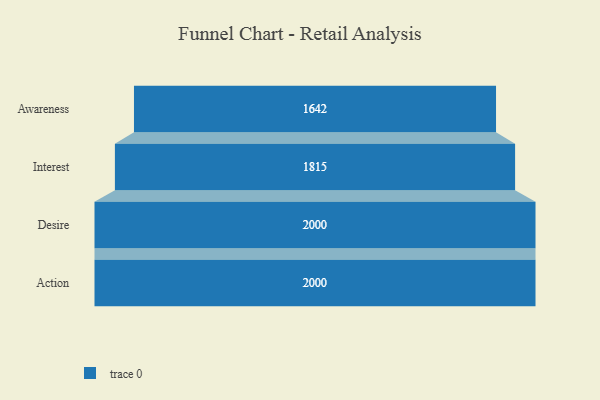
{"axis": {"x": "Stage", "y": "Value"}, "legend": [""], "data": [{"x": "Awareness", "y": 1642.0, "type": ""}, {"x": "Interest", "y": 1815.0, "type": ""}, {"x": "Desire", "y": 2000, "type": ""}, {"x": "Action", "y": 2000, "type": ""}]}